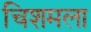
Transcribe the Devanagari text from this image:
चिशमला